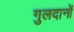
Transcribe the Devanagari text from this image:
गुलदानों